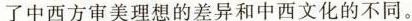
了中西方审美理想的差异和中西文化的不同。